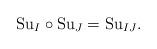
LaTeX: \begin{align*}\mathrm{Su}_I\circ \mathrm{Su}_J=\mathrm{Su}_{IJ}.\end{align*}